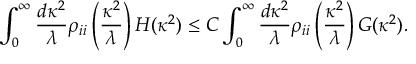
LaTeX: \int _ { 0 } ^ { \infty } \frac { d \kappa ^ { 2 } } { \lambda } \rho _ { i i } \left( \frac { \kappa ^ { 2 } } { \lambda } \right) H ( \kappa ^ { 2 } ) \leq C \int _ { 0 } ^ { \infty } \frac { d \kappa ^ { 2 } } { \lambda } \rho _ { i i } \left( \frac { \kappa ^ { 2 } } { \lambda } \right) G ( \kappa ^ { 2 } ) .